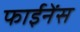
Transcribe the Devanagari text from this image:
फाईनेंस